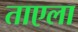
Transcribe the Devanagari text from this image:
ताएला